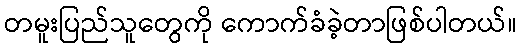
တမူးပြည်သူတွေကို ကောက်ခံခဲ့တာဖြစ်ပါတယ်။